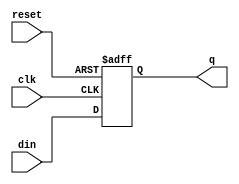
`timescale 1ns / 1ps
//////////////////////////////////////////////////////////////////////////////////
// Company: 
// Engineer: 
// 
// Design Name: 
// Module Name:    d_flip_flop 
// Project Name: 
// Target Devices: 
// Tool versions: 
// Description: 
//
// Dependencies: 
//
// Revision: 
// Revision 0.01 - File Created
// Additional Comments: 
//
//////////////////////////////////////////////////////////////////////////////////
module parallel_reg(clk,din,q,reset
    );
	input clk;
	input [7:0] din;
	output reg [7:0] q;
	input reset;
	
	always @(negedge clk or posedge reset)
	begin
		if (reset)
		begin
			 q <= 8'b00000000;
		end
		else begin
			q <= din;
			end
   	end
	
endmodule